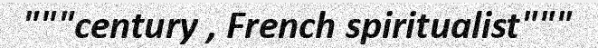
"""century , French spiritualist"""